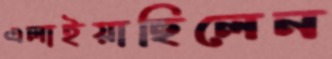
এলাইয়াছিলেন